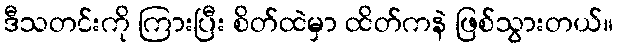
ဒီသတင်းကို ကြားပြီး စိတ်ထဲမှာ ထိတ်ကနဲ ဖြစ်သွားတယ်။